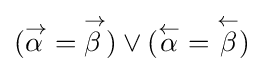
{\textstyle ({\overset {\scriptstyle {\rightarrow }}{\alpha \,}}={\overset {\scriptstyle {\rightarrow }}{\beta \,}})\vee ({\overset {\scriptstyle {\leftarrow }}{\alpha }}={\overset {\scriptstyle {\leftarrow }}{\beta }})}